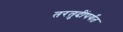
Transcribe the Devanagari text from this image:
तरतुदींपर्यंत